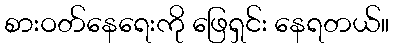
စားဝတ်နေရေးကို ဖြေရှင်း နေရတယ်။